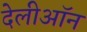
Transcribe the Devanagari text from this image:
देलीऑन